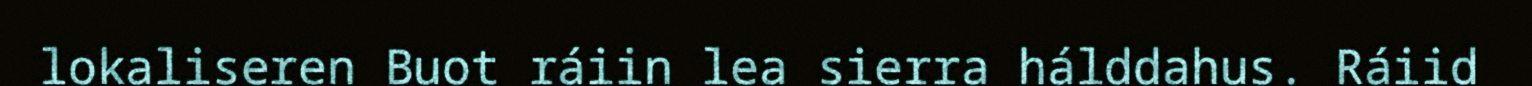
lokaliseren Buot ráiin lea sierra hálddahus. Ráiid